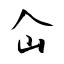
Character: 仚